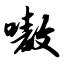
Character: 嗷